Civil Veterinary Department Bihar & Orissa reports 1911-21 - 1911-1921
Year: 1911
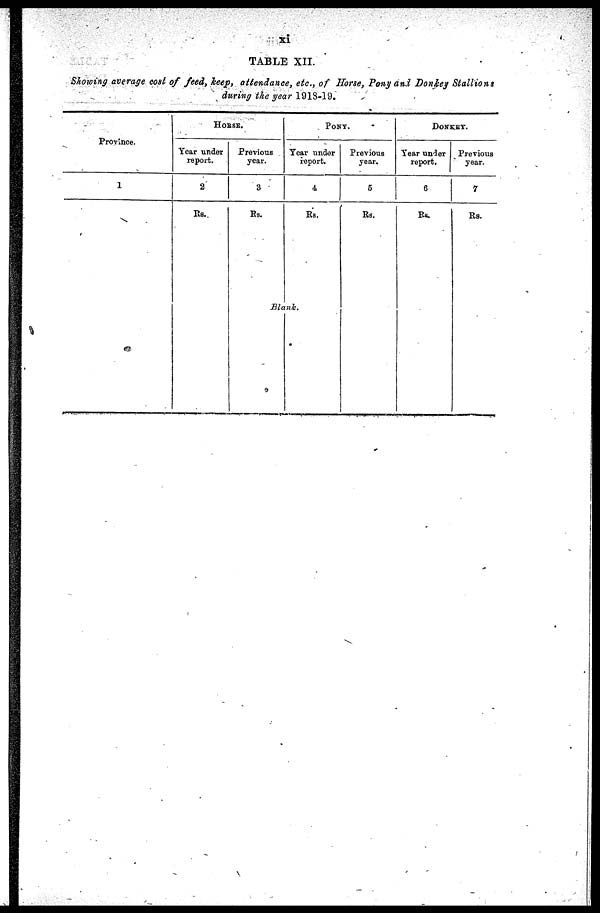
xi
TABLE XII.
Showing average cost of feed, keep, attendance, etc., of Horse, Pony and Donkey Stallions
during the year 1918-19.
Province.
1
HORSE.
Year under
report.
2
Rs.
Previous
year.
3
Rs.
PONY.
Year under
report.
4
Rs.
Blank.
Previous
year.
5
Rs.
DONKEY.
Year under
report.
6
Rs.
Previous
year.
7
Rs.